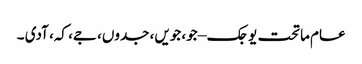
عام ماتحت یوجک – جو، جویں، جدوں، جے، کہ، آدی ۔